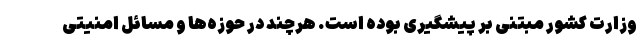
وزارت کشور مبتنی بر پیشگیری بوده است. هرچند در حوزه‌ها و مسائل امنیتی